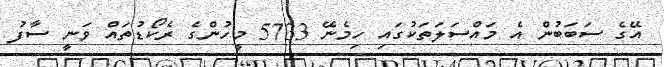
އޭގެ ސަބަބުން އެ މައްސަލަތަކުގައި ހިމެނޭ 5733 މީހުންގެ ރެކޯޑުތައް ވަނީ ސާފު